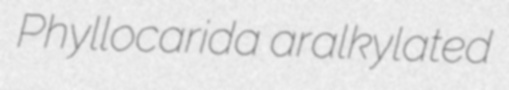
Phyllocarida aralkylated